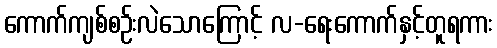
ကောက်ကျစ်စဉ်းလဲသောကြောင့် လ-ရေးကောက်နှင့်တူရကား